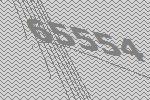
65554